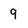
Character: 9